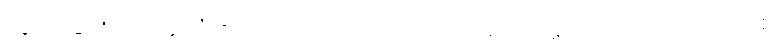
လွတ်ခြင်းငှာ။ အလံ ဧဝ၊ သင့်သည်သာလျှင်တည်း။ ဣတိ၊ ဤသို့။ (အဝေါစ၊